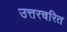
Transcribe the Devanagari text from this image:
उत्तरचरित